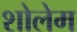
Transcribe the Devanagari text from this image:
शोलेम